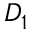
D _ { 1 }